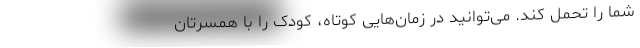
شما را تحمل کند. می‌توانید در زمان‌هایی کوتاه، کودک را با همسرتان